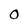
Character: O